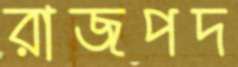
রাজপদ